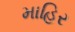
માહિર